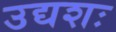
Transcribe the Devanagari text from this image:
उद्यशः